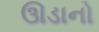
ઊડાનો